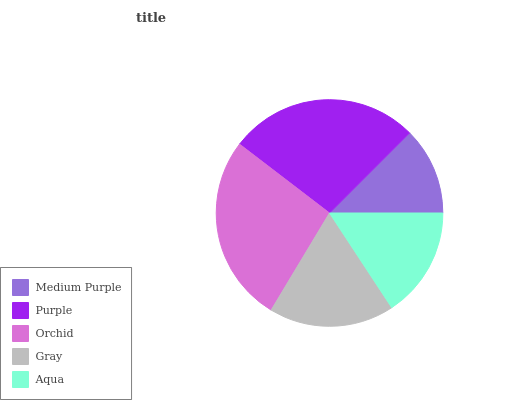
| Medium Purple | Purple | Orchid | Gray | Aqua |
 | --- | --- | --- | --- | --- |
 | 12.5% | 27.1% | 26.8% | 17.8% | 15.8% |